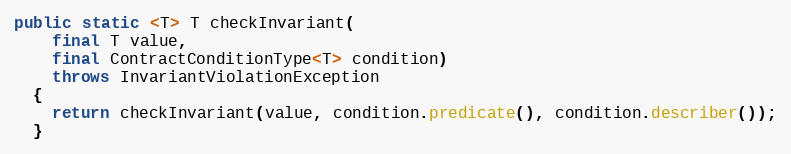
Language: Java
public static <T> T checkInvariant(
    final T value,
    final ContractConditionType<T> condition)
    throws InvariantViolationException
  {
    return checkInvariant(value, condition.predicate(), condition.describer());
  }